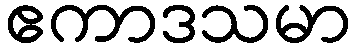
ဧကာဒသမာ